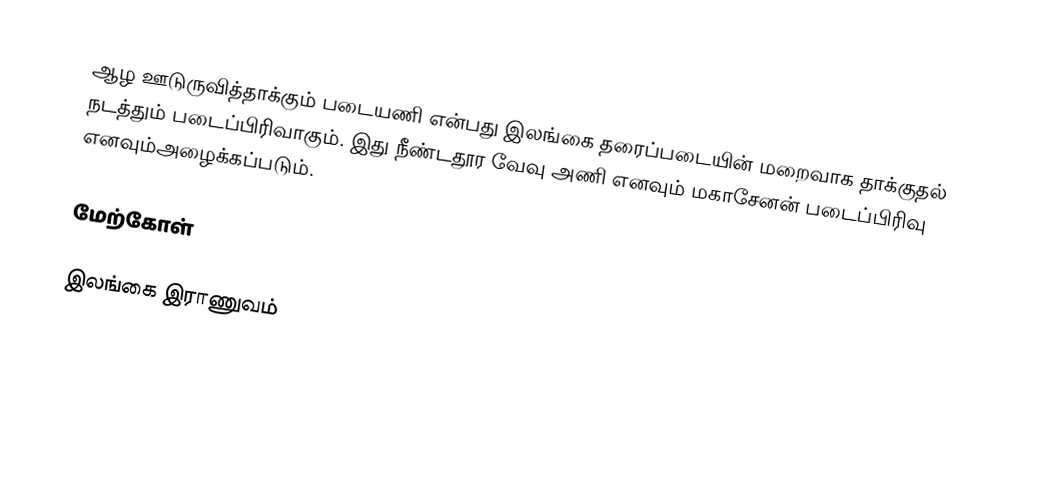
ஆழ ஊடுருவித்தாக்கும் படையணி என்பது இலங்கை தரைப்படையின் மறைவாக தாக்குதல் நடத்தும் படைப்பிரிவாகும். இது நீண்டதூர வேவு அணி  எனவும் மகாசேனன் படைப்பிரிவு எனவும்அழைக்கப்படும்.

மேற்கோள்

இலங்கை இராணுவம்